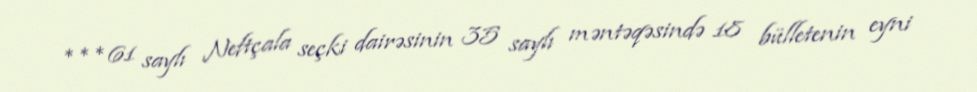
***61 saylı Neftçala seçki dairəsinin 35 saylı məntəqəsində 18 bülletenin eyni